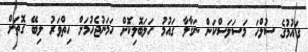
ގައުމުގެ ސުލްހަ މަސަލަސްކަން ނަގާލާ ގައުމު ހަލަބޮލިކޮށް ހަމަނުޖެހުމަށް ހިތްވަރު ލިބޭ ގޮތަށް